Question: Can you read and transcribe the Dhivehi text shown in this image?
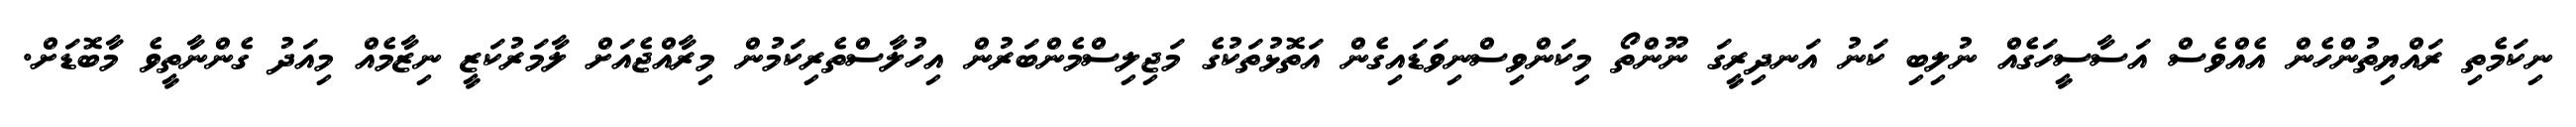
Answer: ނިކަމެތި ރައްޔިތުންހެން އެއްވެސް އަސާސީހަގެއް ނުލިބި ކަނު އަނދިރީގަ ނޫންތޯ މިކަންވިސްނިވަޑައިގެން އަތޮޅުތަކުގެ މަޖިލިސްމެންބަރުން އިހުލާސްތެރިކަމުން މިރާއްޖެއަށް ލާމަރުކަޒީ ނިޒާމެއް މިއަދު ގެންނާތީވެ މާބޮޑަށް.